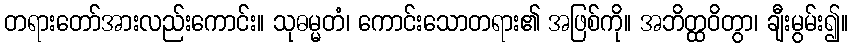
တရားတော်အားလည်းကောင်း။ သုဓမ္မတံ၊ ကောင်းသောတရား၏ အဖြစ်ကို။ အဘိတ္ထဝိတွာ၊ ချီးမွမ်း၍။